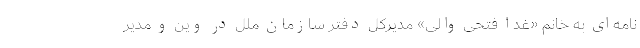
نامه‌ای به خانم «غدا فتحی والی» مدیرکل دفتر سازمان ملل در وین و مدیر